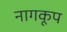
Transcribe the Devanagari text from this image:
नागकूप